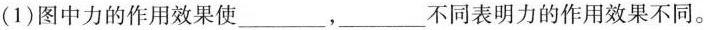
(1)图中力的作用效果使___，___不同表明力的作用效果不同。